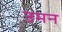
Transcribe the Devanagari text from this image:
उमन